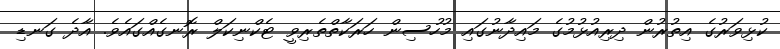
ކުޅިވަރުގެ އިތުރުން ދިރިއުޅުމުގެ މައިދާނުގައި މުހުސިން ހަރަކާތްތެރިވީ ޓެކްނިކަލް ރޮނގެއްގައެވެ. އާދެ ގަނޑި